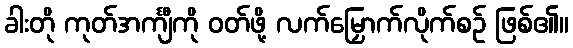
ခါးတို ကုတ်အင်္ကျီကို ဝတ်ဖို့ လက်မြှောက်လိုက်စဉ် ဖြစ်၏။